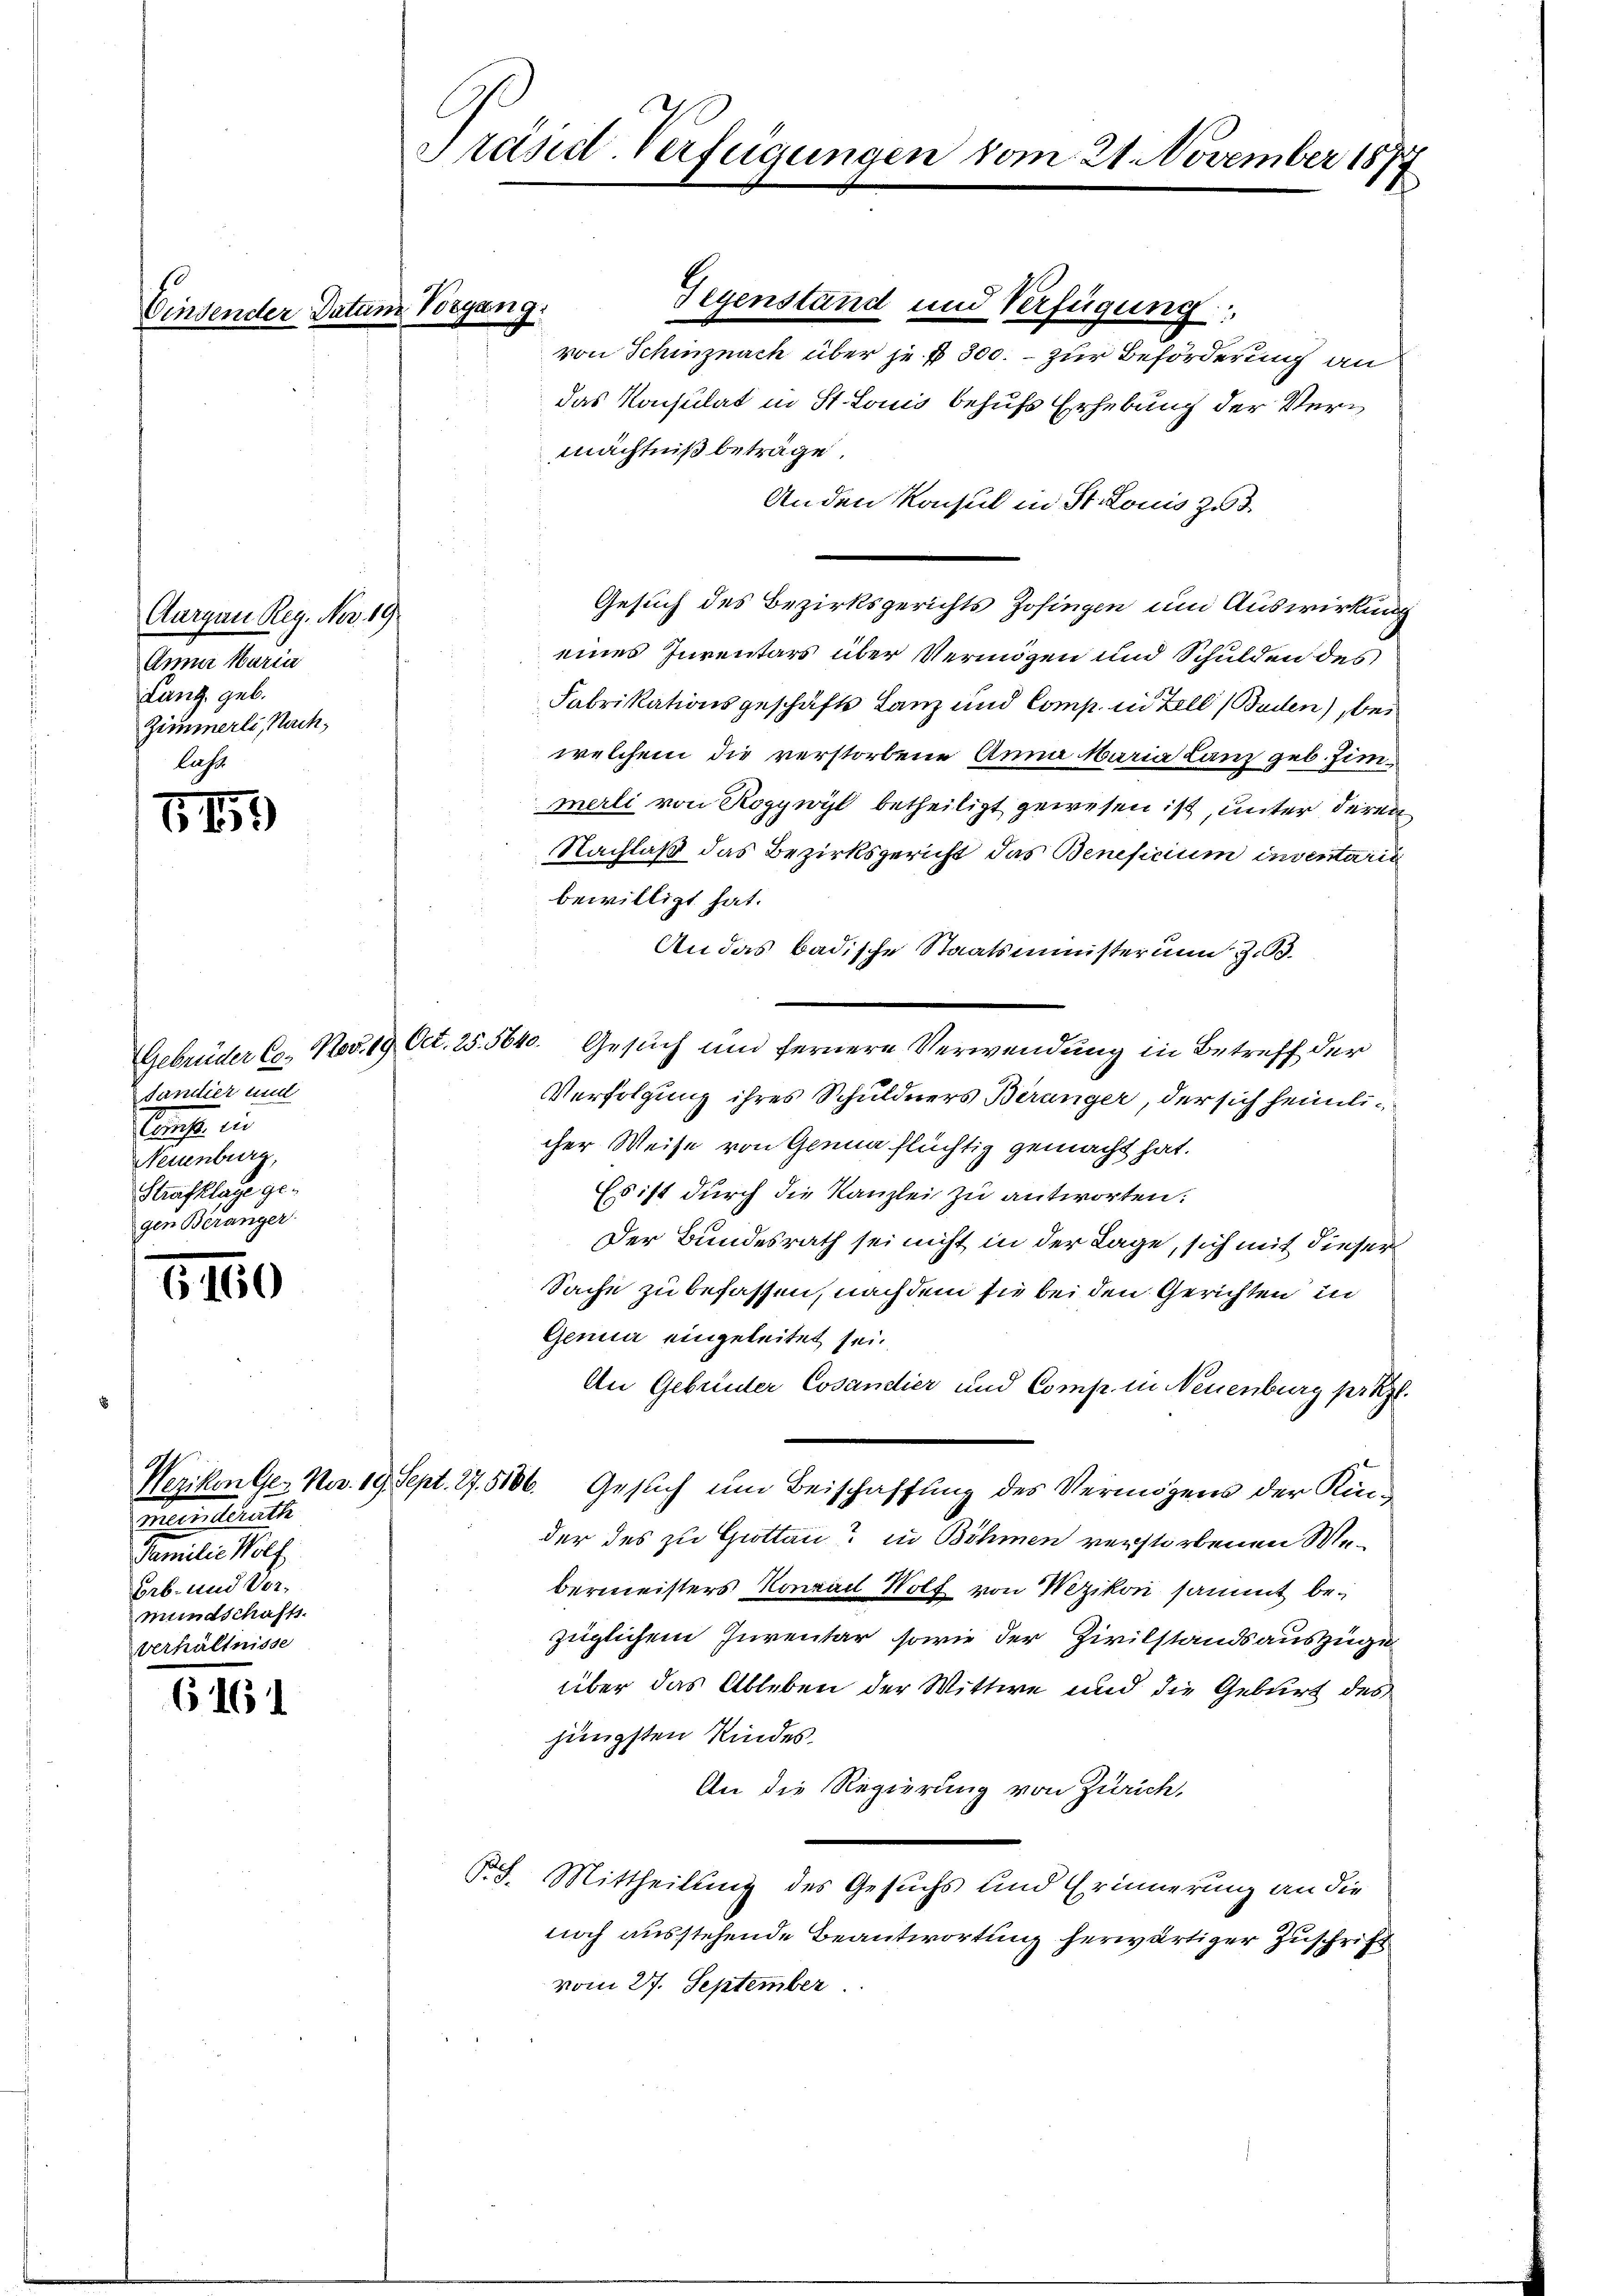
Aargau Reg. Nov. 19.
Anna Maria
Lanz geb.
Zimmerli, Nach,
laste

515

dandier und
Sanfte in
Neuenburg,
Strafklage gegen Beranger.

1160

itte

Erb- und Vormundschafts-
verhältnisse

6161

Einsender Datum Vorgang.

Präsid-Verfügungen vom 21. November 1883
14

Gegenstand und Verfügung
von Schinznach über je. § 300. - zur Beförderung an
das Konsulat in St. Louis behufs Erhebung der Vermächtniß beträge.
Anden Konsul in St. Louis zu 3.
Gesuch des Bezirksgerichts Zofingen um Auswirkung
eines Inventars über Vermögen und Schulden des
Fabrikationsgeschäfts Lanz und Comp. in Zell (Baden) bei
welchem die verstorbene Anna Maria Lanz geb. Zimmerli von Roggwyl betheiligt gewesen ist, unter deren
Nachlaß das Bezirksgericht das Beneficium inventaris
bewilligt hat.
An das badische Staatsministerunm z. B.
Gebrüder C. Nov. 19 Oct. 25. 5640. Gesŭch und fernere Verwendung in Betreff der
Verfolgung ihres Schuldners Berunger, der sich heimlicher Weise von Genua flüchtig gemacht hat.
Es ist durch die Kanzlei zu antworten:
Der Bundesrath sei nicht in der Lage, sich mit dieser
Sache zu befassen, nach dem sie bei den Gerichten in
Genua eingeleitet sei.
An Gebrüder Cosandier und Comp. in Neuenburg präzl.
Weriken Ges. Nov. 19. Sept. 17. 5106. Gesuch um Beischaffung des Vermögens der Kinder des zu Grottan? in Böhmen verstorbenen Webermeisters Konrad Wolf von Wezikon sammt bezüglichem Inventar, sowie der Zivilstandsauszüge
über das Ableben der Wittwe und die Geburt des
jüngsten Kindes.
An die Regierung von Zürich,
S. Mittheilung des Gesuchs und Erinnerung an die
noch ausstehende Beantwortung herwärtiger Zuschrift
vom 27. September.